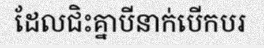
ដែលជិះគ្នាបីនាក់បើកបរ